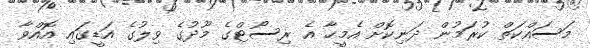
މަސައްކަތް ކުރަމުން ދަނިކޮށް އެމީހާ އެ ރިސޯޓްގެ މޫދުގެ ވިލުގެ އަޑީގައި އޮއްވާ